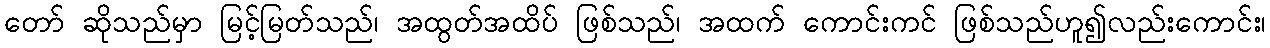
တော် ဆိုသည်မှာ မြင့်မြတ်သည်၊ အထွတ်အထိပ် ဖြစ်သည်၊ အထက် ကောင်းကင် ဖြစ်သည်ဟူ၍လည်းကောင်း၊